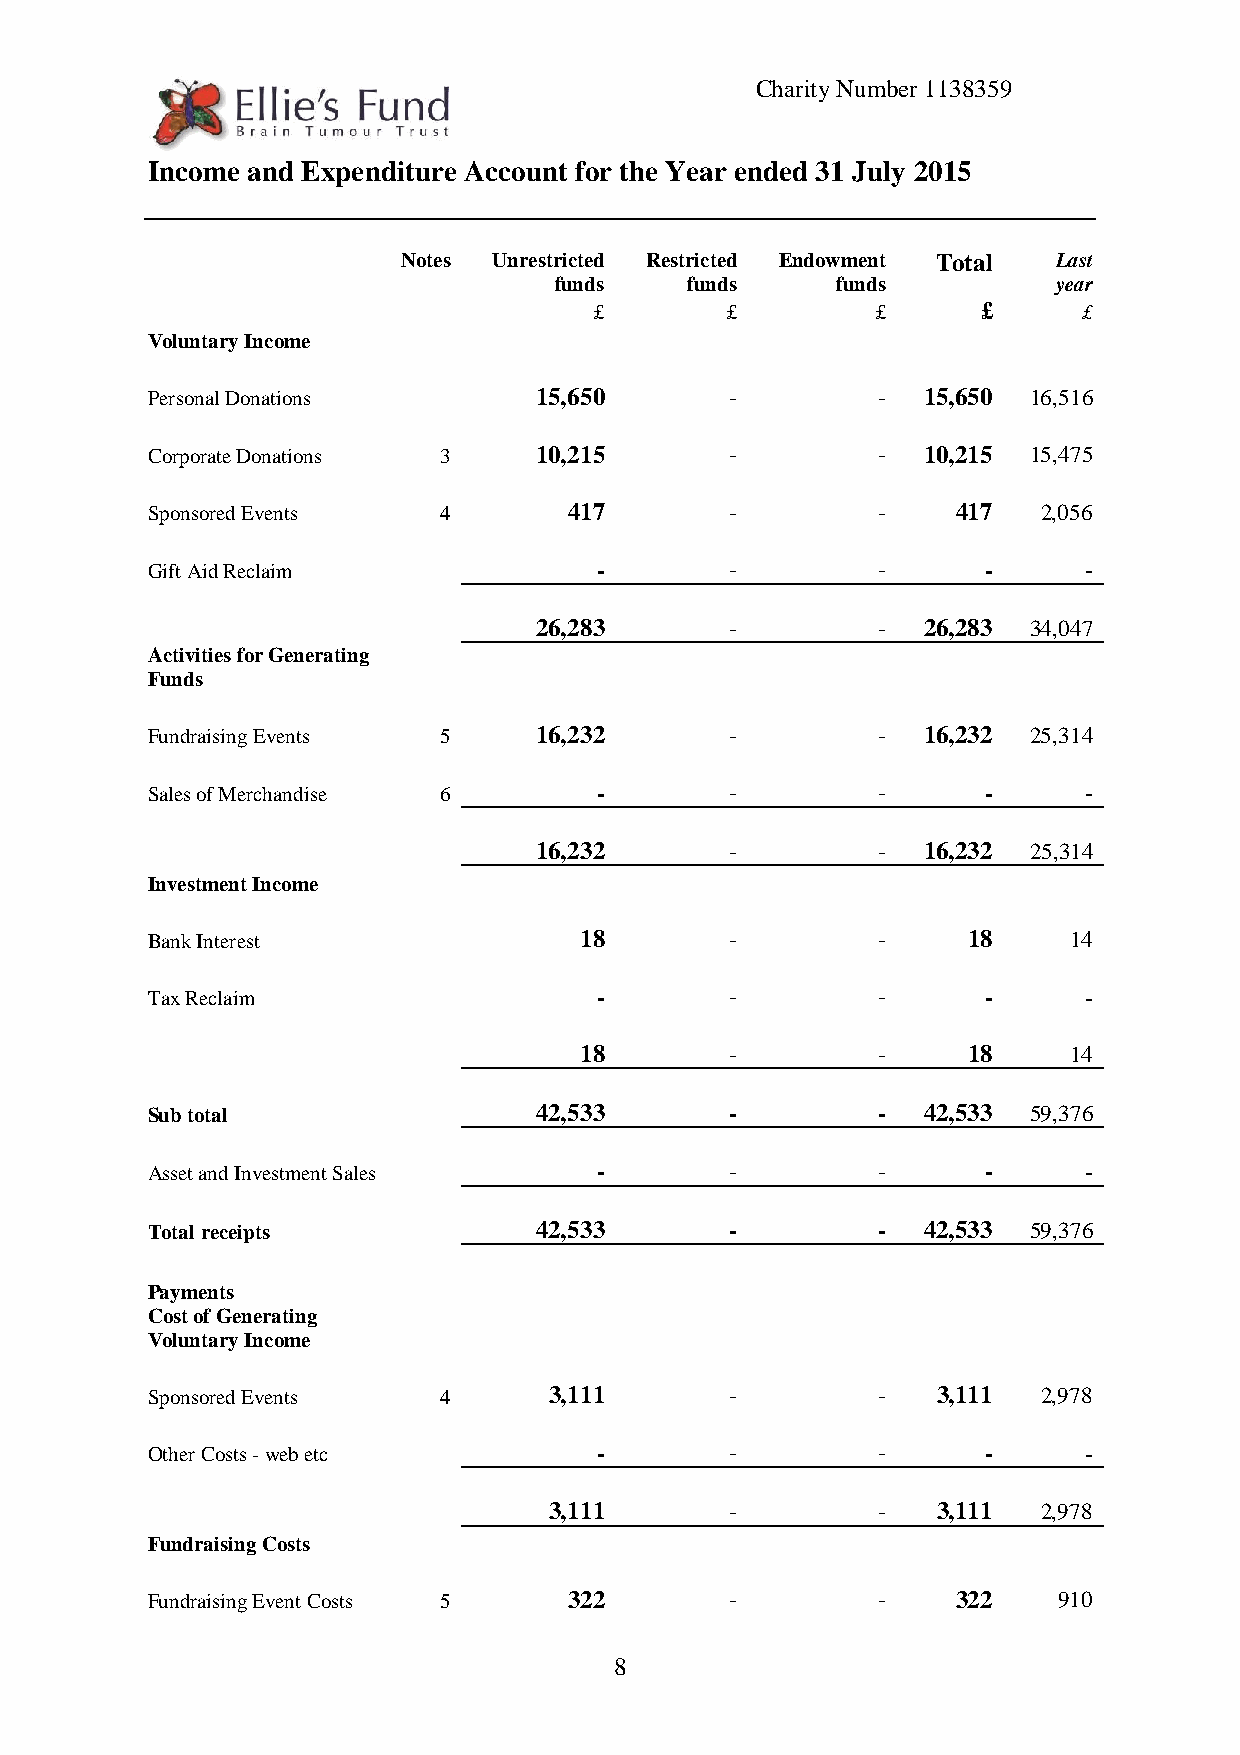
Charity Number 1138359
 Income and Expenditure Account for the Year ended 31 July 2015
 Notes Unrestricted Restricted Endowment Total Last
 funds   funds     funds          year
 £        £         £      £      £
 Voluntary Income
 Personal Donations       15,650       -         -  15,650 16,516
 Corporate Donations 3    10,215       -         -  10,215 15,475
 Sponsored Events   4        417       -         -    417   2,056
 Gift Aid Reclaim             -        -         -      -      -
 26,283       -         -  26,283 34,047
 Activities for Generating
 Funds
 Fundraising Events 5     16,232       -         -  16,232 25,314
 Sales of Merchandise 6       -        -         -      -      -
 16,232       -         -  16,232 25,314
 Investment Income
 Bank Interest               18        -         -     18     14
 Tax Reclaim                  -        -         -      -      -
 18        -         -     18     14
 Sub total                42,533       -         -  42,533 59,376
 Asset and Investment Sales   -        -         -      -      -
 Total receipts           42,533       -         -  42,533 59,376
 Payments
 Cost of Generating
 Voluntary Income
 Sponsored Events   4      3,111       -         -   3,111  2,978
 Other Costs - web etc        -        -         -      -      -
 3,111       -         -   3,111  2,978
 Fundraising Costs
 Fundraising Event Costs 5   322       -         -    322    910
 8